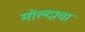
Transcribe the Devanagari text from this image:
मोल्दावा